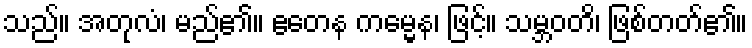
သည်။ အတုလံ၊ မည်၏။ ဧတေန ကမ္မေန၊ ဖြင့်။ သမ္ဘဝတိ၊ ဖြစ်တတ်၏။